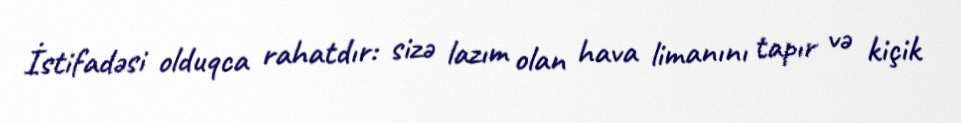
İstifadəsi olduqca rahatdır: sizə lazım olan hava limanını tapır və kiçik